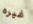
غيره